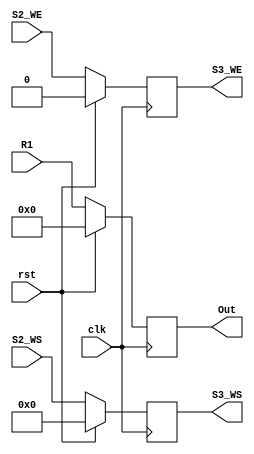
`timescale 1ns / 1ps
//////////////////////////////////////////////////////////////////////////////////
// Company: 
// Engineer: 
// 
// Design Name: 
// Module Name:    S3_Register 
// Project Name: 
// Target Devices: 
// Tool versions: 
// Description: 
//
// Dependencies: 
//
// Revision: 
// Revision 0.01 - File Created
// Additional Comments: 
//
//////////////////////////////////////////////////////////////////////////////////
module S3_Register( Out, S3_WS, S3_WE, rst,R1, S2_WS, S2_WE, clk
    );

	output reg [31:0] Out;
	output reg [4:0] S3_WS; 
	output reg S3_WE;
	input [31:0] R1;
	input [4:0] S2_WS;
	input S2_WE;
	input clk;
	input rst;
	
	always@(posedge clk)
		begin
		if (rst)
			begin
			Out <= 32'b0;
			S3_WS <= 5'd0;
			S3_WE <= 1'b0;
			
			end
		else
			begin
			Out <= R1;
			S3_WS <= S2_WS;
			S3_WE <= S2_WE;
			end
		end
		


endmodule